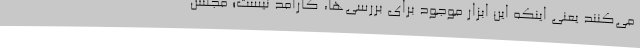
می‌کنند یعنی اینکه این ابزار موجود برای بررسی‌ها، کارآمد نیست؛ مجلس